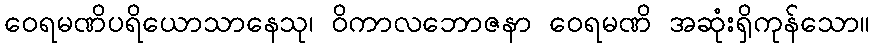
ဝေရမဏိပရိယောသာနေသု၊ ဝိကာလဘောဇနာ ဝေရမဏိ အဆုံးရှိကုန်သော။